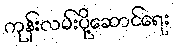
ကုန်းလမ်းပို့ဆောင်ရေး